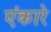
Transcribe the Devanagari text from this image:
एंकारे